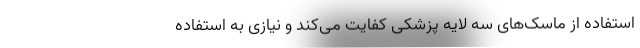
استفاده از ماسک‌های سه لایه پزشکی کفایت می‌کند و نیازی به استفاده